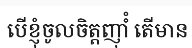
បើខ្ញុំចូលចិត្តញុាំំ តើមាន